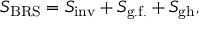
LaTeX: S _ { \mathrm { B R S } } = S _ { \mathrm { i n v } } + S _ { \mathrm { g . f . } } + S _ { \mathrm { g h } } ,